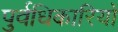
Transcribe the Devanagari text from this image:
पुर्वधिकारियों